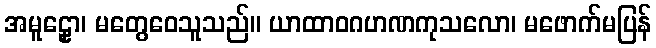
အမူဠှော၊ မတွေဝေသူသည်။ ယာထာဝဂဟဏကုသလော၊ မဖောက်မပြန်